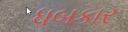
ધબકાર